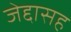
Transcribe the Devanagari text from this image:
जेद्दासह